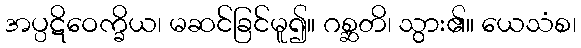
အပ္ပဋိဝေက္ခိယ၊ မဆင်ခြင်မူ၍။ ဂစ္ဆတိ၊ သွား၏။ ယေသံစ၊